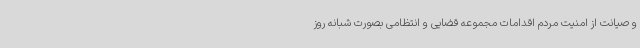
و صیانت از امنیت مردم اقدامات مجموعه قضایی و انتظامی بصورت شبانه روز